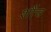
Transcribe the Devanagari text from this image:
शौंच